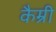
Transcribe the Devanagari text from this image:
कैम्री